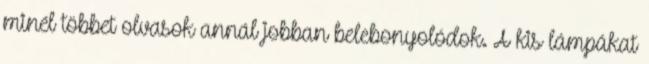
minél többet olvasok annál jobban belebonyolódok. A kis lámpákat